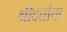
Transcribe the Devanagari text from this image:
श्रीदत्तांचा